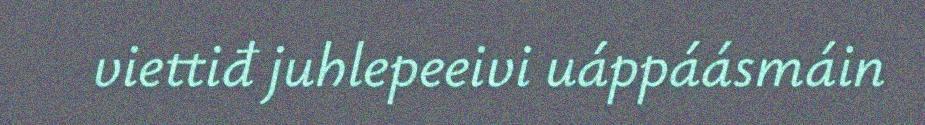
viettiđ juhlepeeivi uáppáásmáin